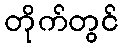
တိုက်တွင်